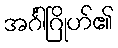
အင်္ဂါဂြိုဟ်၏